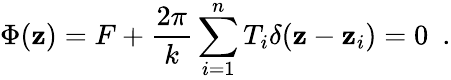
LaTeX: \Phi(\mathbf{z})=F+\frac{{2\pi}}{{k}}\sum_{i=1}^{n}T_{i}\delta(\mathbf{z}-\mathbf{z}_{i})=0\ \ .